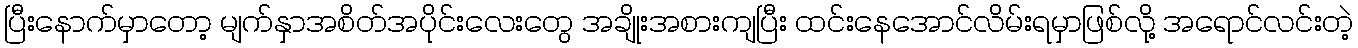
ပြီးနောက်မှာတော့ မျက်နှာအစိတ်အပိုင်းလေးတွေ အချိုးအစားကျပြီး ထင်းနေအောင်လိမ်းရမှာဖြစ်လို့ အရောင်လင်းတဲ့